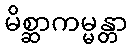
မိစ္ဆာကမ္မန္တာ